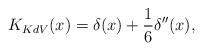
LaTeX: \begin{align*}K_{KdV}(x) = \delta(x) + \frac{1}{6}\delta''(x),\end{align*}